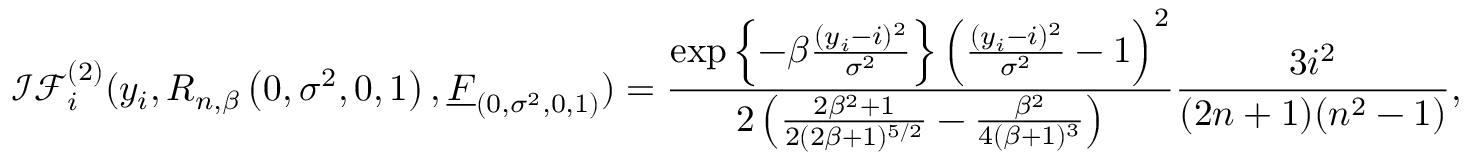
\mathcal { I F } _ { i } ^ { ( 2 ) } ( y _ { i } , R _ { n , \beta } \left( 0 , \sigma ^ { 2 } , 0 , 1 \right) , \underline { { F } } _ { \left( 0 , \sigma ^ { 2 } , 0 , 1 \right) } ) = \frac { \exp \left\{ - \beta \frac { ( y _ { i } - i ) ^ { 2 } } { \sigma ^ { 2 } } \right\} \left( \frac { ( y _ { i } - i ) ^ { 2 } } { \sigma ^ { 2 } } - 1 \right) ^ { 2 } } { 2 \left( \frac { 2 \beta ^ { 2 } + 1 } { 2 ( 2 \beta + 1 ) ^ { 5 / 2 } } - \frac { \beta ^ { 2 } } { 4 ( \beta + 1 ) ^ { 3 } } \right) } \frac { 3 i ^ { 2 } } { ( 2 n + 1 ) ( n ^ { 2 } - 1 ) } ,